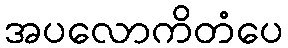
အပလောကိတံပေ